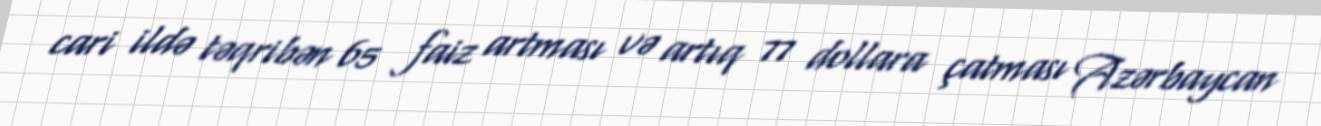
cari ildə təqribən 65 faiz artması və artıq 77 dollara çatması Azərbaycan